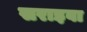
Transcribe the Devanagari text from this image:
सराइवा